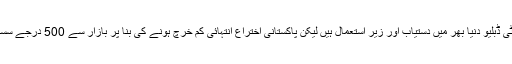
اگرچہ ایف ٹی ڈبلیو دنیا بھر میں دستیاب اور زیرِ استعمال ہیں لیکن پاکستانی اختراع انتہائی کم خرچ ہونے کی بنا پر بازار سے 500 درجے سستی بھی ہے۔